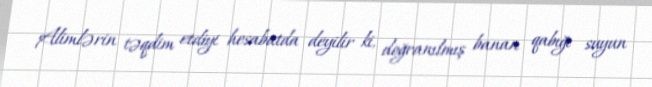
Alimlərin təqdim etdiyi hesabatda deyilir ki, doğranılmış banan qabığı suyun